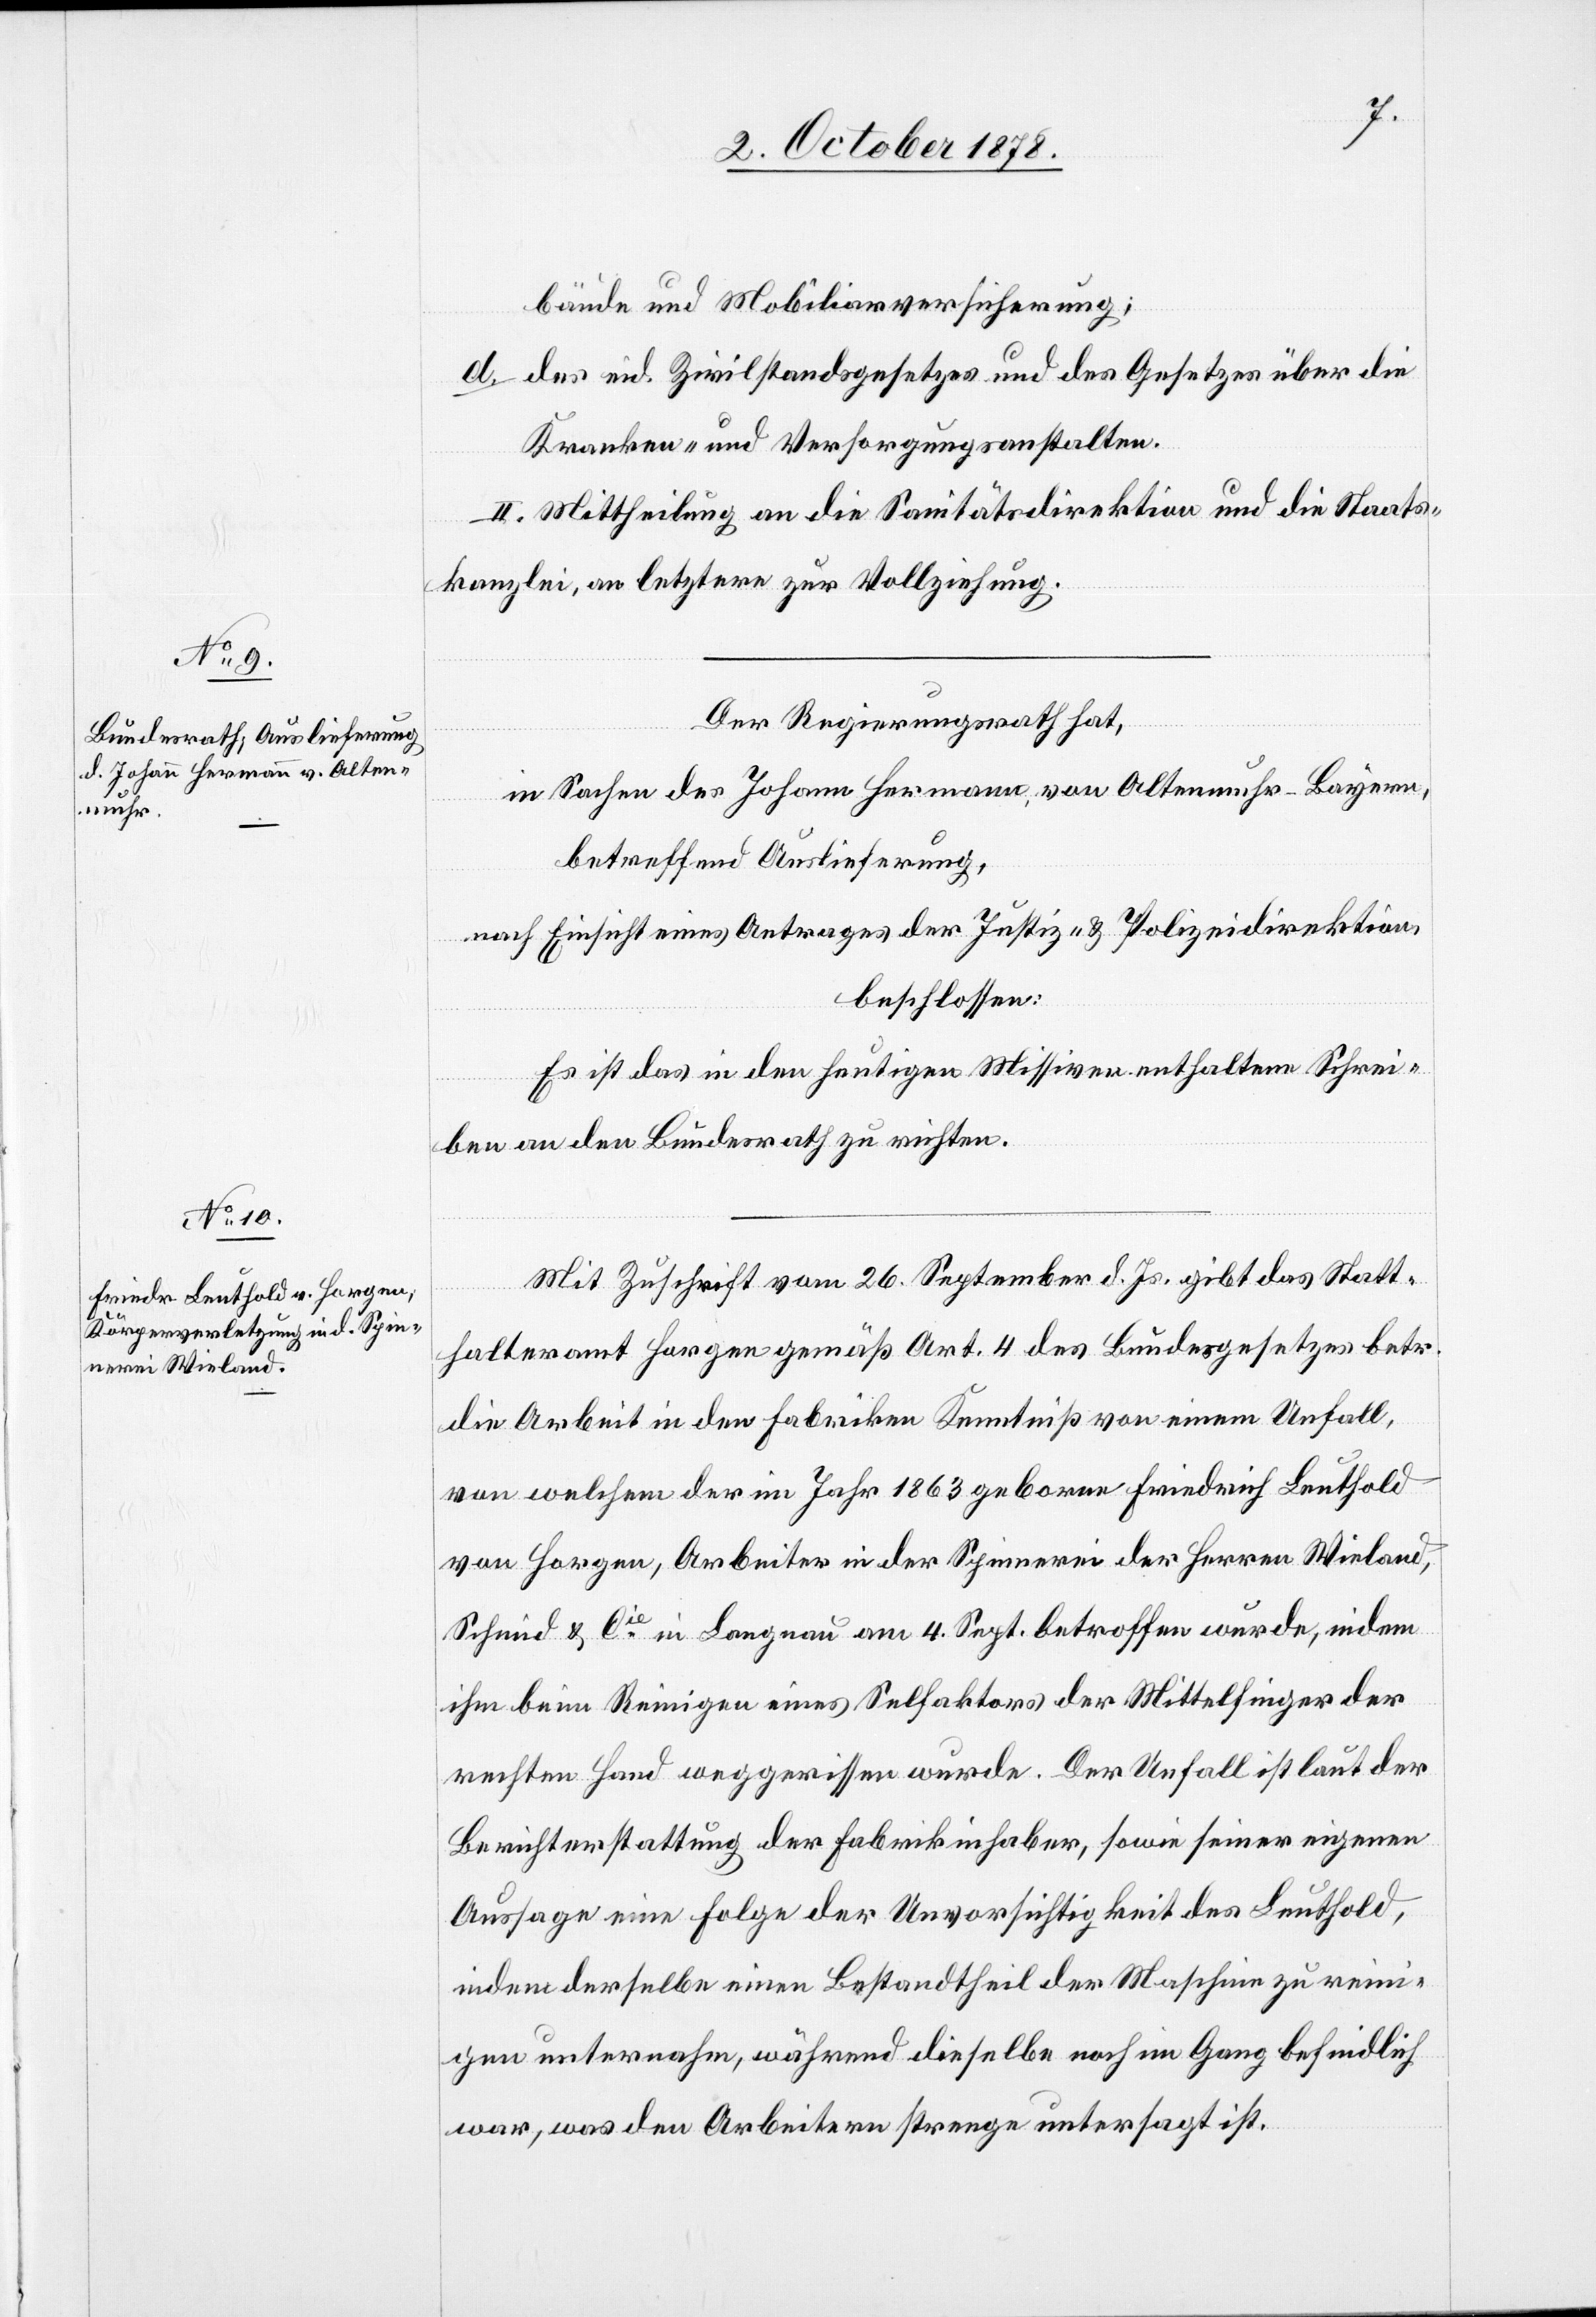
bäude und Mobiliarversicherung;
der eid. Zivilstandsgesetzes und des Gesetzes über die
Kranken- und Versorgungsanstalten.
II. Mittheilung an die Sanitätsdirektion und die Staats¬
kanzlei, an letztere zur Vollziehung.
Der Regierungsrath hat,
In Sachen des Johann Hermann, von Altenmuhr - Bayern,
betreffend Auslieferung,
nach Einsicht eines Antrages der Justiz- & Polizeidirektion,
beschlossen:
Es ist das in den heutigen Missiven enthaltene Schrei¬
ben an den Bundesrath zu richten.
Mit Zuschrift vom 26. September d. Js. gibt das Statt¬
halteramt Horgen gemäß Art. 4 des Bundesgesetzes betr.
die Arbeit in den Fabriken Kenntniß von einem Unfall,
von welchem der im Jahr 1863 geborene Friedrich Leuthold
von Horgen, Arbeiter in der Spinnerei der Herren Wieland,
Schmid & Cie in Langnau am 4. Sept. betroffen wurde, indem
ihm beim Reinigen eines Selfaktors der Mittelfinger der
rechten Hand weggerissen wurde. Der Unfall ist laut der
Berichterstattung der Fabrikinhaber, sowie seiner eigenen
Aussage eine Folge der Unvorsichtigkeit des Leuthold,
indem derselbe einen Bestandtheil der Maschinen zu reini¬
gen unternahm, während dieselbe noch im Gang befindlich
war, was den Arbeitern strenge untersagt ist.